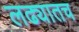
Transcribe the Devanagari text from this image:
लढ्यातच